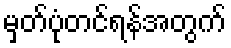
မှတ်ပုံတင်ရန်အတွက်